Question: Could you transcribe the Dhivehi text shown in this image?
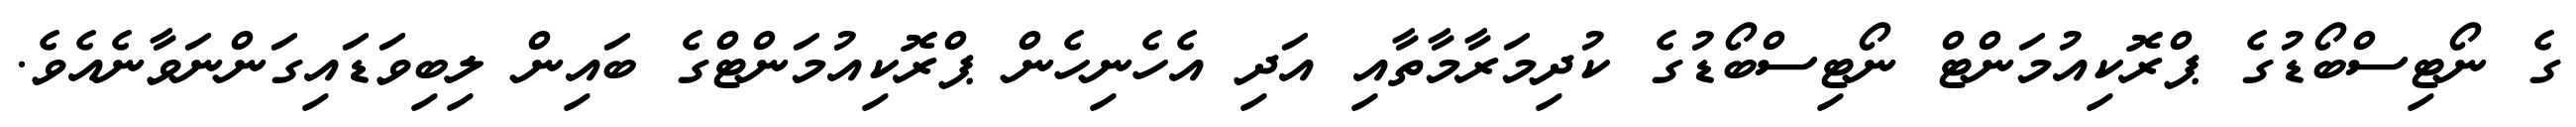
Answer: ގެ ނޯޓިސްބޯޑުގެ ޕްރޮކިއުމަންޓް ނޯޓިސްބޯޑުގެ ކުދިމަރާމާތާއި އަދި އެހެނިހެން ޕްރޮކިއުމަންޓްގެ ބައިން ލިބިވަޑައިގަންނަވާނެއެވެ.